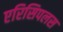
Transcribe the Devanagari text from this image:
एरिसिपलस